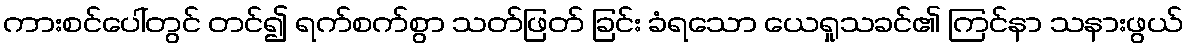
ကားစင်ပေါ်တွင် တင်၍ ရက်စက်စွာ သတ်ဖြတ် ခြင်း ခံရသော ယေရှုသခင်၏ ကြင်နာ သနားဖွယ်